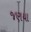
જણયા